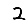
Digit: 2